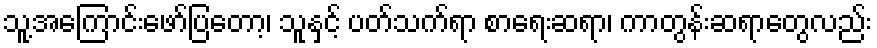
သူ့အကြောင်းဖော်ပြတော့၊ သူနှင့် ပတ်သက်ရာ စာရေးဆရာ၊ ကာတွန်းဆရာတွေလည်း